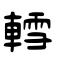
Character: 轌